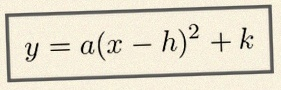
y=a(x-h)^2+k